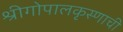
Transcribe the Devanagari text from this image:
श्रीगोपालकृस्णाची